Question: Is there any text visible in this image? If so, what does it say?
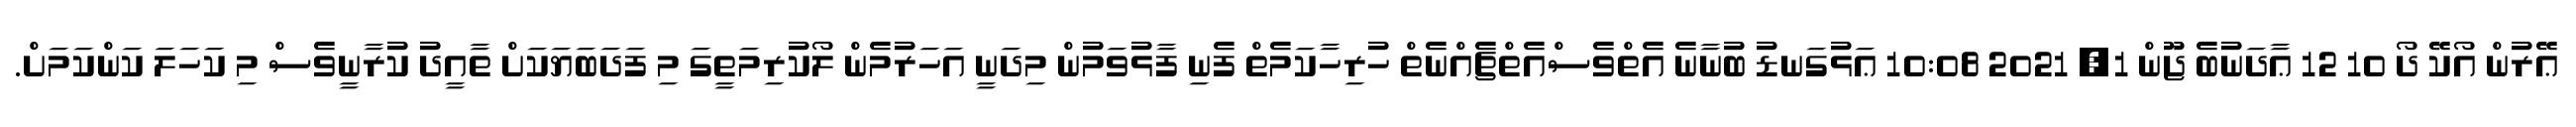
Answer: ޢޭރުން އޯކޭ ދޯ 10 12 ޢާދަނުބެ ޖޫން 1, 2021 10:08 ޢަޅުގަނޑު ބުނާނެ އެތްވެސްއެތްޗެއްނެތް ހުރިހާކަމެތް ފެނި ފާޅުވަމުން މިދަނީ އަހަރުމެން ލޯކުރިމަތީގަ މި ފަދަބަޔަކަށް ތާއީދު ކުރާނީވެސް މި ކަހަލަ ކަންކަމަށް.